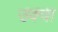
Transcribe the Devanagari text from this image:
उक्वा